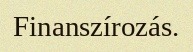
Finanszírozás.